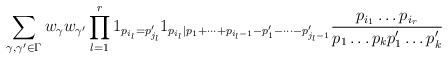
LaTeX: \begin{align*}\sum_{\gamma,\gamma' \in \Gamma} w_\gamma w_{\gamma'} \prod_{l=1}^r 1_{p_{i_l}=p'_{j_l}} 1_{p_{i_l}|p_1+\dots+p_{i_l-1} - p'_1 - \dots - p'_{j_l-1}} \frac{ p_{i_1} \dots p_{i_r} }{ p_1 \dots p_k p'_1 \dots p'_k }\end{align*}